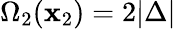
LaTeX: \Omega_{2}(\mathbf{x}_{2})=2|\Delta|